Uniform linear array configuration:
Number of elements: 12
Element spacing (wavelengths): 0.25
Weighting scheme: cosine
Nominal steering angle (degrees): -45
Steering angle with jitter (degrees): -44.193
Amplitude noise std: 0.05
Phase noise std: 0.05

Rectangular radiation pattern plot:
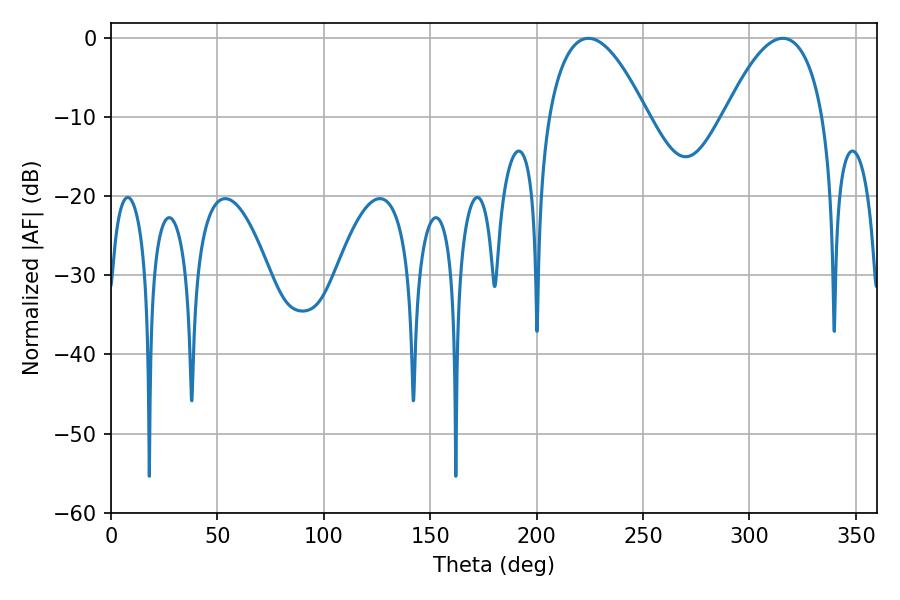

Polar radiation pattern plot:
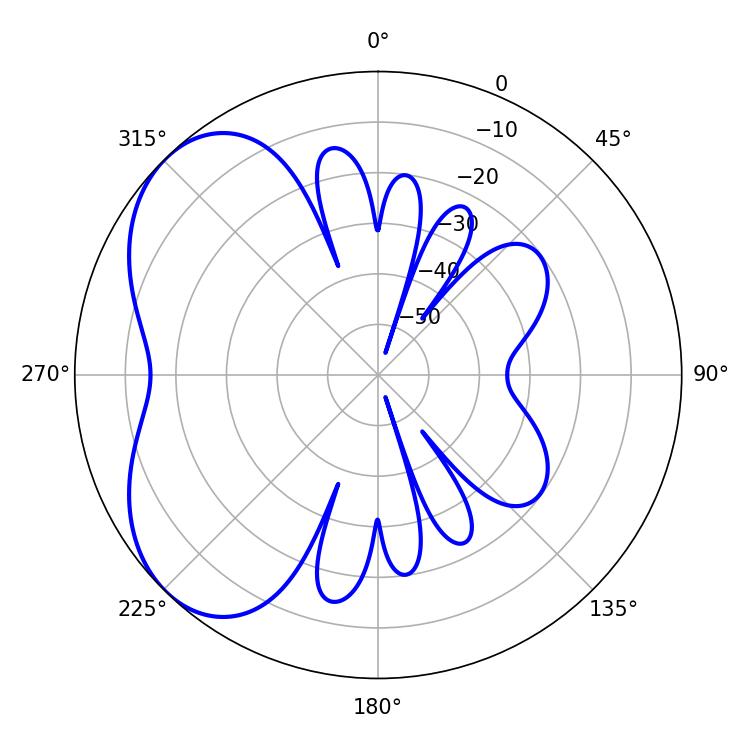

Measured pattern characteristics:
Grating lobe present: FALSE
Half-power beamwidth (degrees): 25.74
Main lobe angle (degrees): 224.28